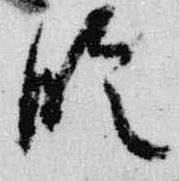
臨